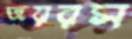
জয়রস